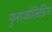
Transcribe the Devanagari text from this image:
फुराजोलिडिन